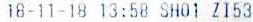
18-11-18 13 : 58 SH01 ZI53